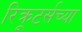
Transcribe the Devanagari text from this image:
रिक्रूटर्सच्या